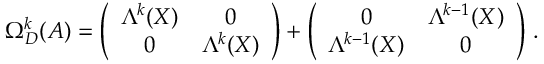
\Omega _ { D } ^ { k } ( { \cal A } ) = \left( \begin{array} { c c } { { \Lambda ^ { k } ( X ) } } & { { 0 } } \\ { { 0 } } & { { \Lambda ^ { k } ( X ) } } \end{array} \right) + \left( \begin{array} { c c } { { 0 } } & { { \Lambda ^ { k - 1 } ( X ) } } \\ { { \Lambda ^ { k - 1 } ( X ) } } & { { 0 } } \end{array} \right) \, .